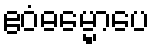
ဧဝံဓမ္မောပေ